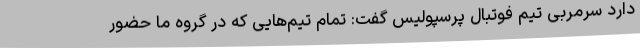
دارد سرمربی تیم فوتبال پرسپولیس گفت: تمام تیم‌هایی که در گروه ما حضور